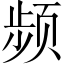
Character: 频